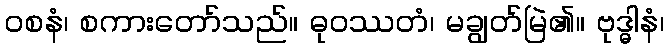
ဝစနံ၊ စကားတော်သည်။ ဓုဝဿတံ၊ မချွတ်မြဲ၏။ ဗုဒ္ဓါနံ၊